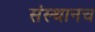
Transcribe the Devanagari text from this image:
संस्थानच